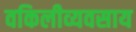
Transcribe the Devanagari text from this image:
वकिलीव्यवसाय